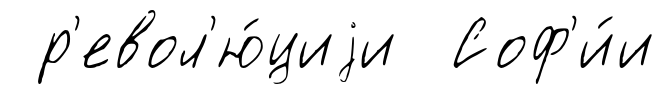
р'евол'ю́циjи Соф'и́и